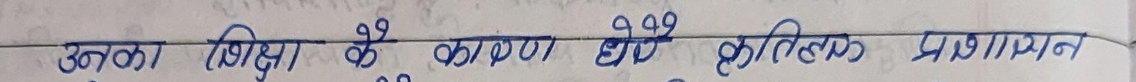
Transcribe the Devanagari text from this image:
उनका शिक्षा के कारण थोडे भौतिक प्रमाणन